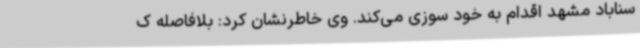
سناباد مشهد اقدام به خود سوزی می‌کند. وی خاطرنشان کرد: بلافاصله ک